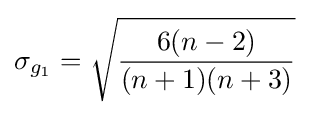
\sigma _{g_{1}}={\sqrt {\frac {6(n-2)}{(n+1)(n+3)}}}